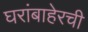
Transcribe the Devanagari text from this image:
घरांबाहेरची